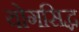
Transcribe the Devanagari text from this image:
योगसिद्ध